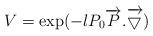
LaTeX: \begin{align*}V= \exp(-lP_{0}\overrightarrow{P}.\overrightarrow{\bigtriangledown})\end{align*}